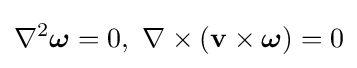
\nabla ^{2}{\boldsymbol {\omega }}=0,\ \nabla \times (\mathbf {v} \times {\boldsymbol {\omega }})=0